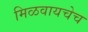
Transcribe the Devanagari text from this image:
मिळवायचेच